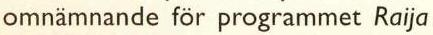
omnämnande för programmet Raija